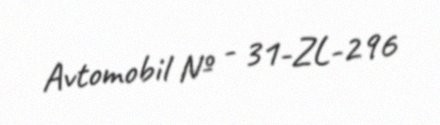
Avtomobil № - 31-ZL-296